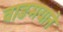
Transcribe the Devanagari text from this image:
वाङमयाने